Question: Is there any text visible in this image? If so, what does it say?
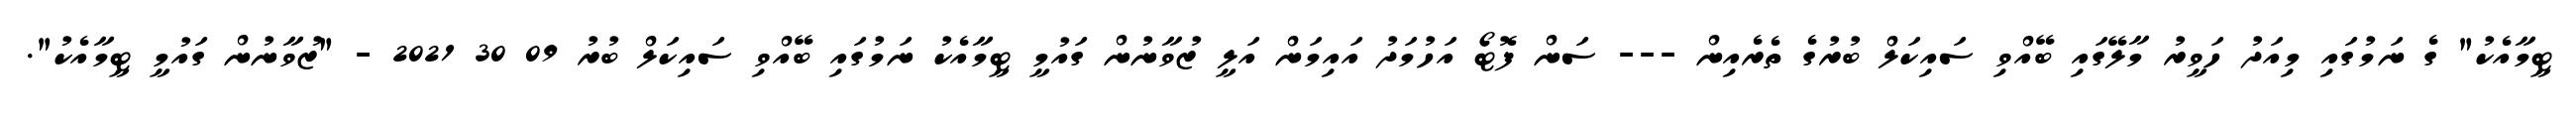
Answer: ޓީމާއެކު" ގެ ނަމުގައި މިއަދު ހަވީރު މާލޭގައި ބޭއްވި ސައިކަލް ބުރުގެ ތެރެއިން --- ސަން ފޮޓޯ އަހުމަދު އައިމަން އަލީ ޒުވާނުން ގައުމީ ޓީމާއެކު ނަމުގައި ބޭއްވި ސައިކަލް ބުރު 09 30 2021 - "ޒުވާނުން ގައުމީ ޓީމާއެކު".